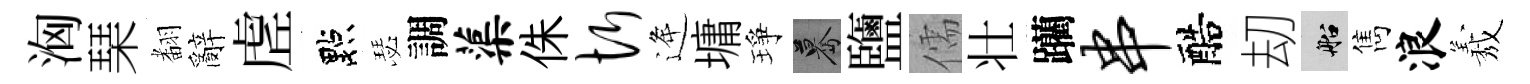
洶琹𮋒辭虗點瑟調蕖侏忻逄墉琤驀鹽儒壮躪串醅刧船雋浪𦏁